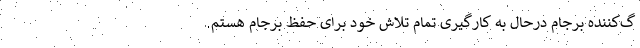
گ‌کننده برجام درحال به کارگیری تمام تلاش خود برای حفظ برجام هستم.